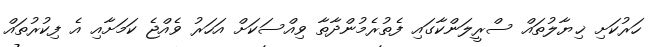
ހަރުކަށި ޚިޔާލުތައް ސްރީލަންކާގައި ފެތުރެމުންދާތާ ވިއްސަކަށް އަހަރު ވެއްޖެ ކަމަށާއި އެ ފިކުރުތައް